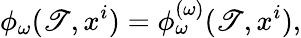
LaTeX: \phi_{\omega}(\mathscr{T},x^{i})=\phi_{\omega}^{(\omega)}(\mathscr{T},x^{i}),